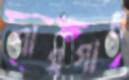
শায়গাল